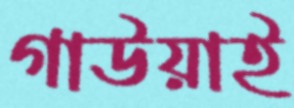
গাউয়াই